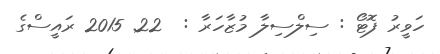
ހަވީރު ފޮޓޯ : ސިލްސިލާ މުޒާހަރާ :  22